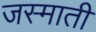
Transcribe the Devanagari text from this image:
जस्माती